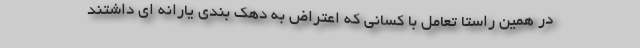
در همین راستا تعامل با کسانی که اعتراض به دهک بندی یارانه ای داشتند